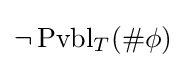
\neg \operatorname {Pvbl} _{T}(\#\phi )